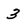
Character: 3